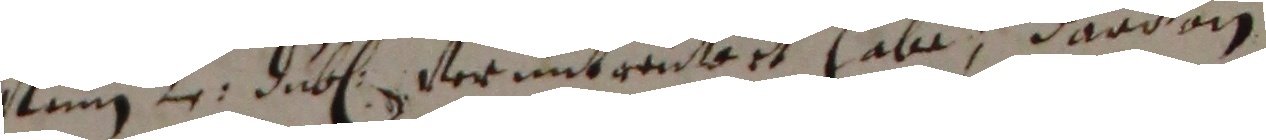
stung 1 duben ver untgenteet habe, darvon